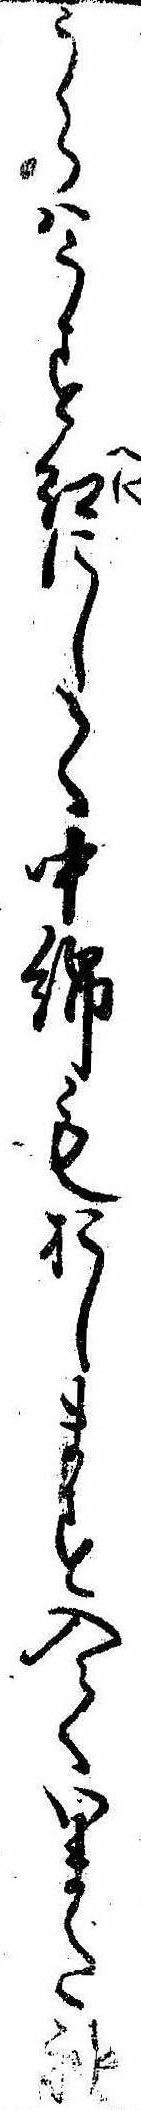
うらはうす紅にして中綿もおします入ていまた袖